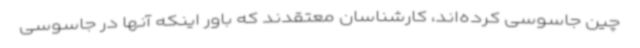
چین جاسوسی کرده‌اند، کارشناسان معتقدند که باور اینکه آنها در جاسوسی